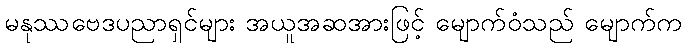
မနုဿဗေဒပညာရှင်များ အယူအဆအားဖြင့် မျောက်ဝံသည် မျောက်က